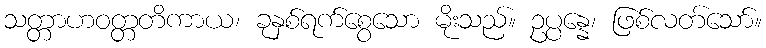
သတ္တာဟဝတ္တတိကာယ၊ ခုနှစ်ရက်စွေသော မိုးသည်။ ဥပ္ပန္နေ၊ ဖြစ်လတ်သော်။